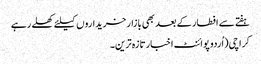
ہفتے سے افطار کے بعد بھی بازار خریداروں کیلئے کھلے رہے
کراچی(اُردو پوائنٹ اخبارتازہ ترین۔